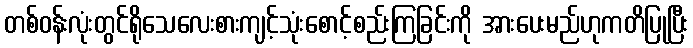
တစ်ဝန်းလုံးတွင်ရိုသေလေးစားကျင့်သုံးစောင့်စည်းကြခြင်းကို အားပေးမည်ဟုကတိပြုပြီး